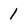
Character: 1